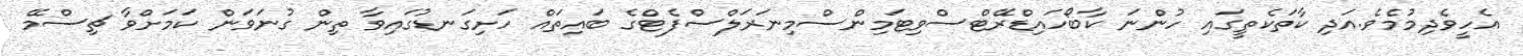
އެހީވެދިމުމެވެ.އަދި ކާތަކެތީގައި ހުންނަ ކާބޯހައިޑްރޭޓްސްވިޓަމިންސްމިނަރަލްސްފެޓްގެ ބައިތައް ހަށިގަނޑުގައިވާ ތިން ގުނަވަން ކަމަށްވާ ޗިސްމޭ